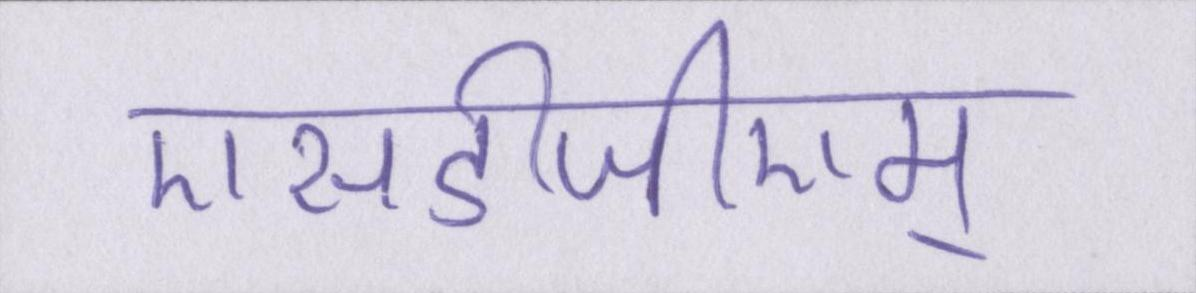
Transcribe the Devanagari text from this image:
एसडीजीएम्